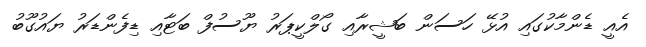
އެއީ ޑެންމާކުގައި އުޅޭ ހަސަން ބަޝީރާއި ގޯލްކީޕަރު ޔޫސުފް ބަޓާއި ޑިފެންޑަރު ޔައުގޫބު